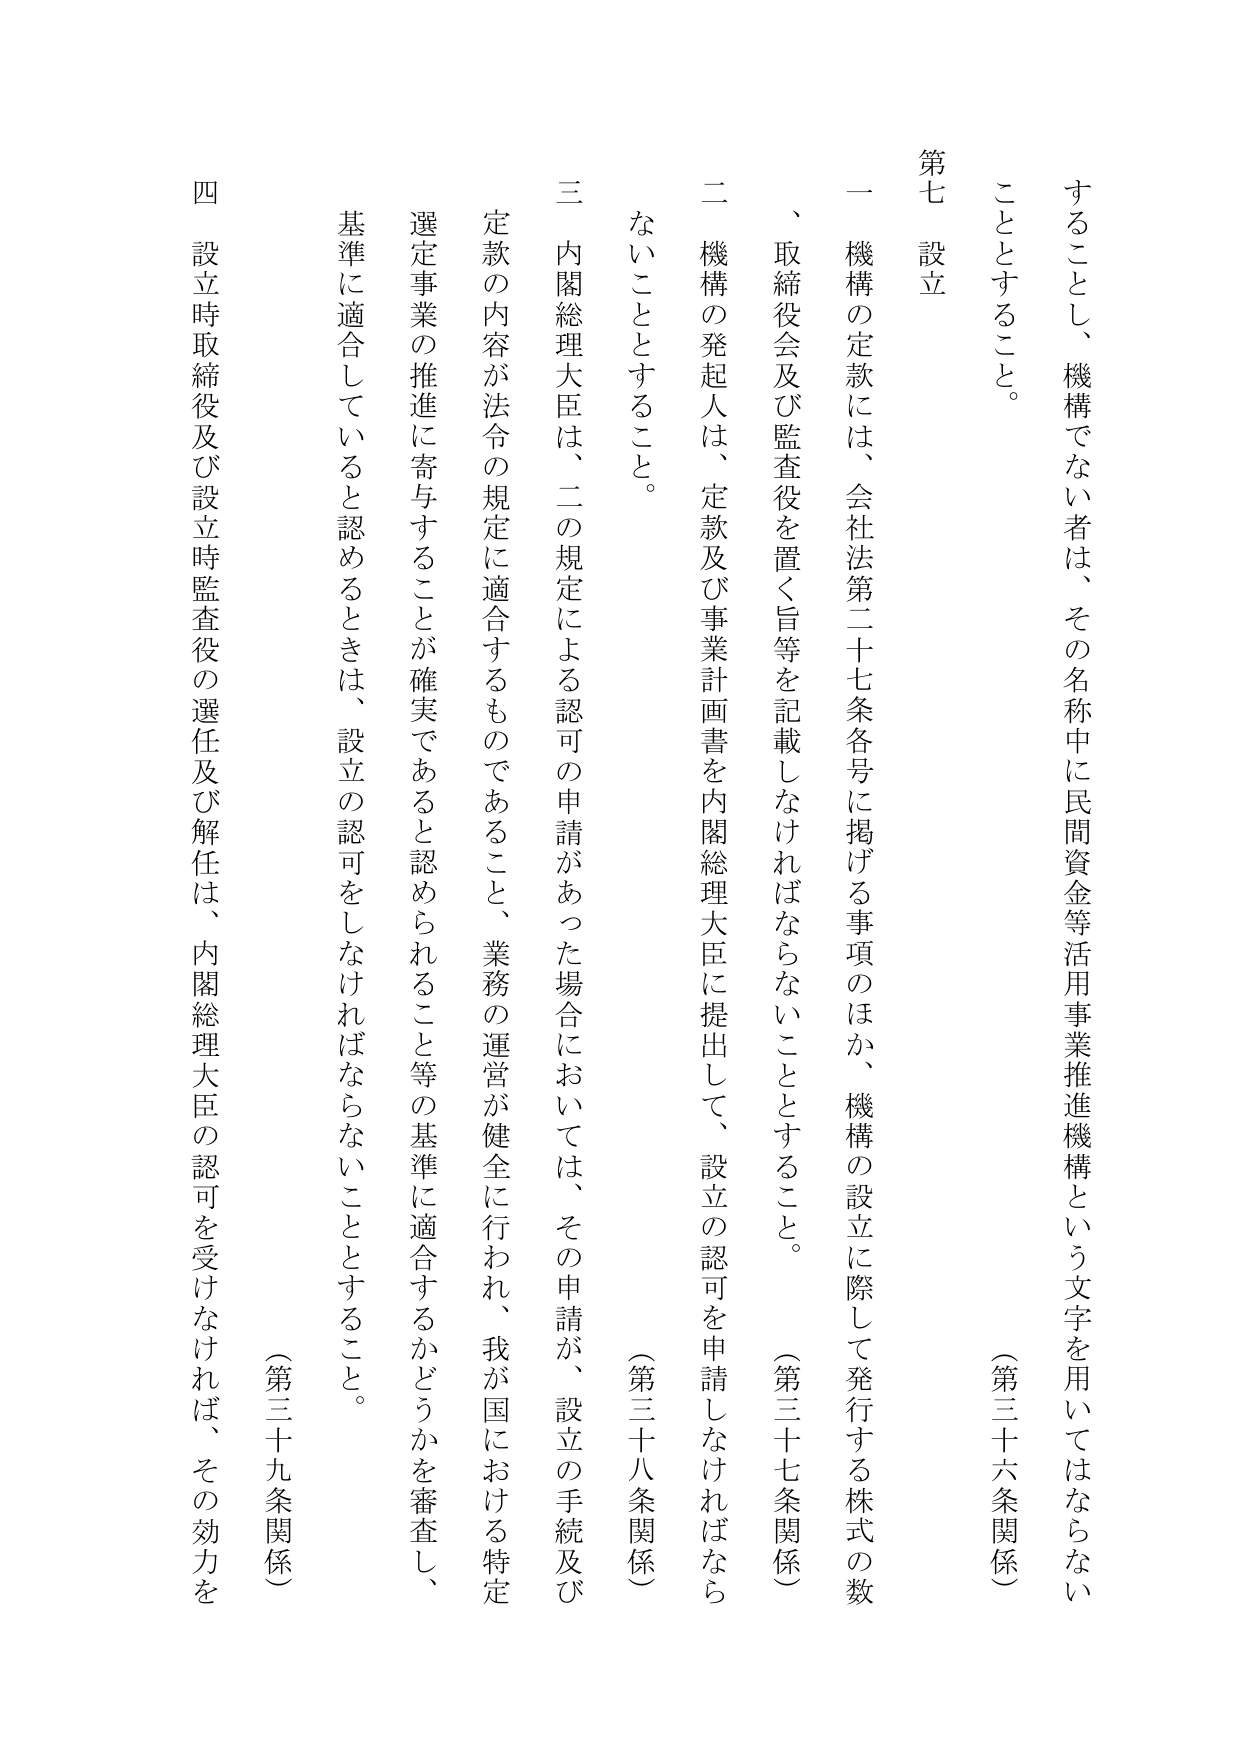
することとし、機構でない者は、その名称中に民間資金等活用事業推進機構という文字を用いてはならないこととすること。

（第三十六条関係）

第七 設立

一 機構の定款には、会社法第二十七条各号に掲げる事項のほか、機構の設立に際して発行する株式の数、取締役会及び監査役を置く旨等を記載しなければならないこととすること。

（第三十七条関係）

二 機構の発起人は、定款及び事業計画書を内閣総理大臣に提出して、設立の認可を申請しなければならないこととすること。

（第三十八条関係）

三 内閣総理大臣は、二の規定による認可の申請があった場合においては、その申請が、設立の手続及び定款の内容が法令の規定に適合するものであること、業務の運営が健全に行われ、我が国における特定選定事業の推進に寄与することが確実であると認められること等の基準に適合するかどうかを審査し、基準に適合していると認めるときは、設立の認可をしなければならないこととすること。

（第三十九条関係）

四 設立時取締役及び設立時監査役の選任及び解任は、内閣総理大臣の認可を受けなければ、その効力を